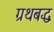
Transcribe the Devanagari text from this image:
ग्रथबद्ध